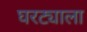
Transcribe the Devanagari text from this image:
घरट्याला